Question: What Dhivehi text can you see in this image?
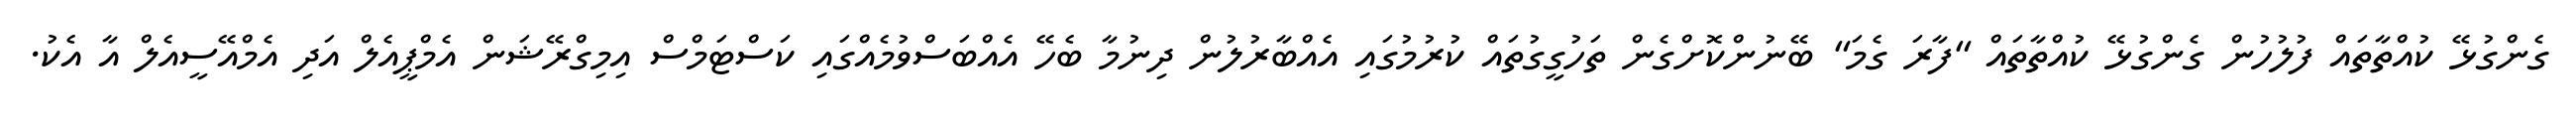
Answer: ގެންގުޅޭ ކުއްތާތައް ފުލުހުން ގެންގުޅޭ ކުއްތާތައް "ފާރަ ގެމަ" ބޭނުންކޮށްގެން ތަހުގީގުތައް ކުރުމުގައި އެއްބާރުލުން ދިނުމާ ބެހޭ އެއްބަސްވުމެއްގައި ކަސްޓަމްސް އިމިގްރޭޝަން އެމްޕީއެލް އަދި އެމްއޭސީއެލް އާ އެކު.